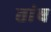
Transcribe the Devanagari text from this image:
तांब